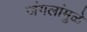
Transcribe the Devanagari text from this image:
जंगलांमु़ळे